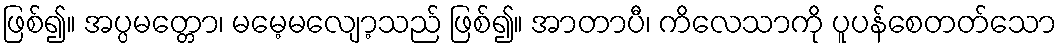
ဖြစ်၍။ အပ္ပမတ္တော၊ မမေ့မလျော့သည် ဖြစ်၍။ အာတာပီ၊ ကိလေသာကို ပူပန်စေတတ်သော